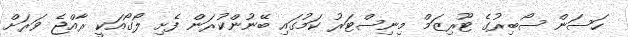
ހަސަން ސޯބިރުގެ ޓޫރިޒަމް މިނިސްޓަރު ކަމުގައި ބޭނުންކުރަން ފެށި ލޯގޯއަކީ ރާއްޖެ ވަރަށް